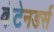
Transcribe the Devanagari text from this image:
कंटेनडर्स